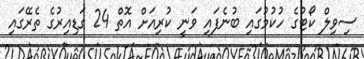
ސިވިލް ކޯޓުގެ ހުކުމުގައި ބުނެފައި ވަނީ ކުރިއަށް އޮތް 24 ގަޑިއިރުގެ ތެރޭގައި